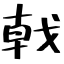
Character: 戟